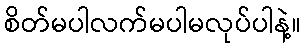
စိတ်မပါလက်မပါမလုပ်ပါနဲ့။